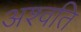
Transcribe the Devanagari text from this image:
अश्वति